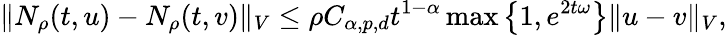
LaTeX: \Vert N_{\rho}(t,u)-N_{\rho}(t,v)\Vert_{V}\leq\rho C_{\alpha,p,d}t^{1-\alpha}\operatorname*{max}\left\{ 1,e^{2t\omega}\right\} \Vert u-v\Vert_{V},